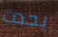
يحدث